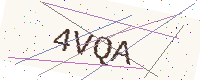
Text: 4VQA